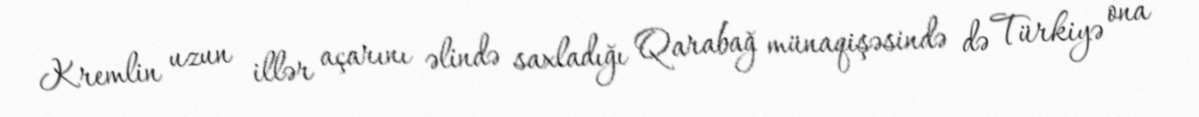
Kremlin uzun illər açarını əlində saxladığı Qarabağ münaqişəsində də Türkiyə ona